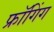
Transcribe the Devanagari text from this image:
फ्रॉगिंग